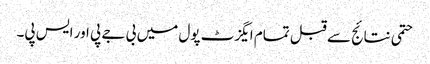
حتمی نتائج سے قبل تمام ایگزٹ پول میں بی جے پی اور ایس پی۔